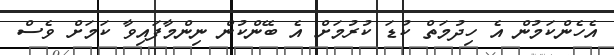
އެހެންކަމުން އެ ހިދުމަތް ކުޑަ ކުރުމަށް އެ ބޭންކުން ނިންމާފައިވާ ކަމަށް ވެސް